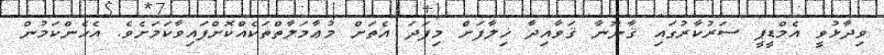
ވިދާޅުވީ އެމްޑީޕީ ސަރުކާރުގައި ޤާނޫނާ ޤަވާއިދާ ޚިލާފަށް މިފަދަ އެތަށް މުޢާމަލާތްތަކެއްކޮށްފައިވާކަމަށެވެ. އެހެންކަމުން